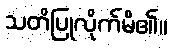
သတိပြုလိုက်မိ၏။